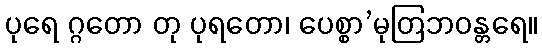
ပုရေ ဂ္ဂတော တု ပုရတော၊ ပေစ္စာ’မုတြဘဝန္တရေ။